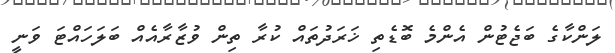
ލަންކާގެ ބަޖެޓުން އެންމެ ބޮޑެތި ޚަރަދުތައް ކުރާ ތިން ވުޒާރާއެއް ބަލަހައްޓަ ވަނީ